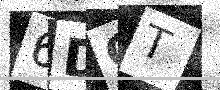
Text: 6DCT